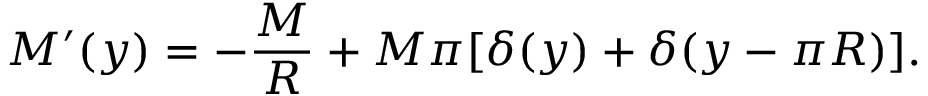
M ^ { \prime } ( y ) = - \frac { M } { R } + M \pi [ \delta ( y ) + \delta ( y - \pi R ) ] .